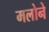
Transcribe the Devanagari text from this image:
मलोने